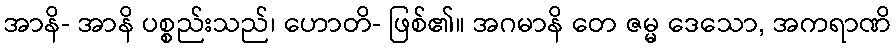
အာနိ- အာနိ ပစ္စည်းသည်၊ ဟောတိ- ဖြစ်၏။ အဂမာနိ တေ ဇမ္မ ဒေသော, အကရာဏိ